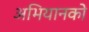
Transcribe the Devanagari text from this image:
अभियानको